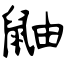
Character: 鼬